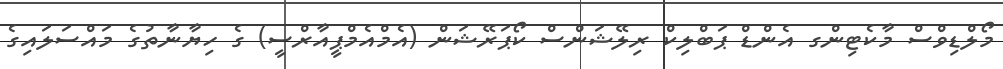
މޯލްޑިވްސް މާކެޓިންގ އެންޑް ޕަބްލިކް ރިލޭޝަންސް ކޯޕަރޭޝަން (އެމްއެމްޕީއާރްސީ) ގެ ހިޔާނާތުގެ މައްސަލައިގެ